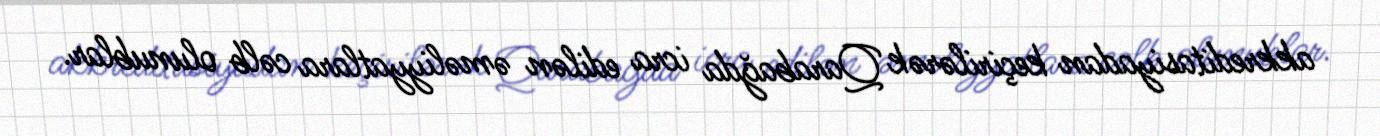
akkreditasiyadan keçirilərək Qarabağda icra edilən əməliyyatlara cəlb olunublar.